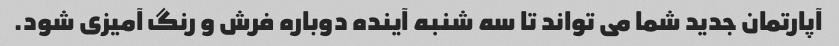
آپارتمان جدید شما می تواند تا سه شنبه آینده دوباره فرش و رنگ آمیزی شود.